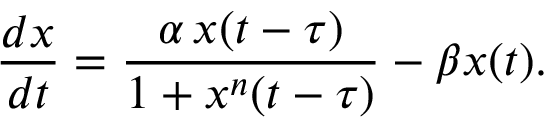
\frac { d x } { d t } = \frac { \alpha \, x ( t - \tau ) } { 1 + x ^ { n } ( t - \tau ) } - \beta x ( t ) .